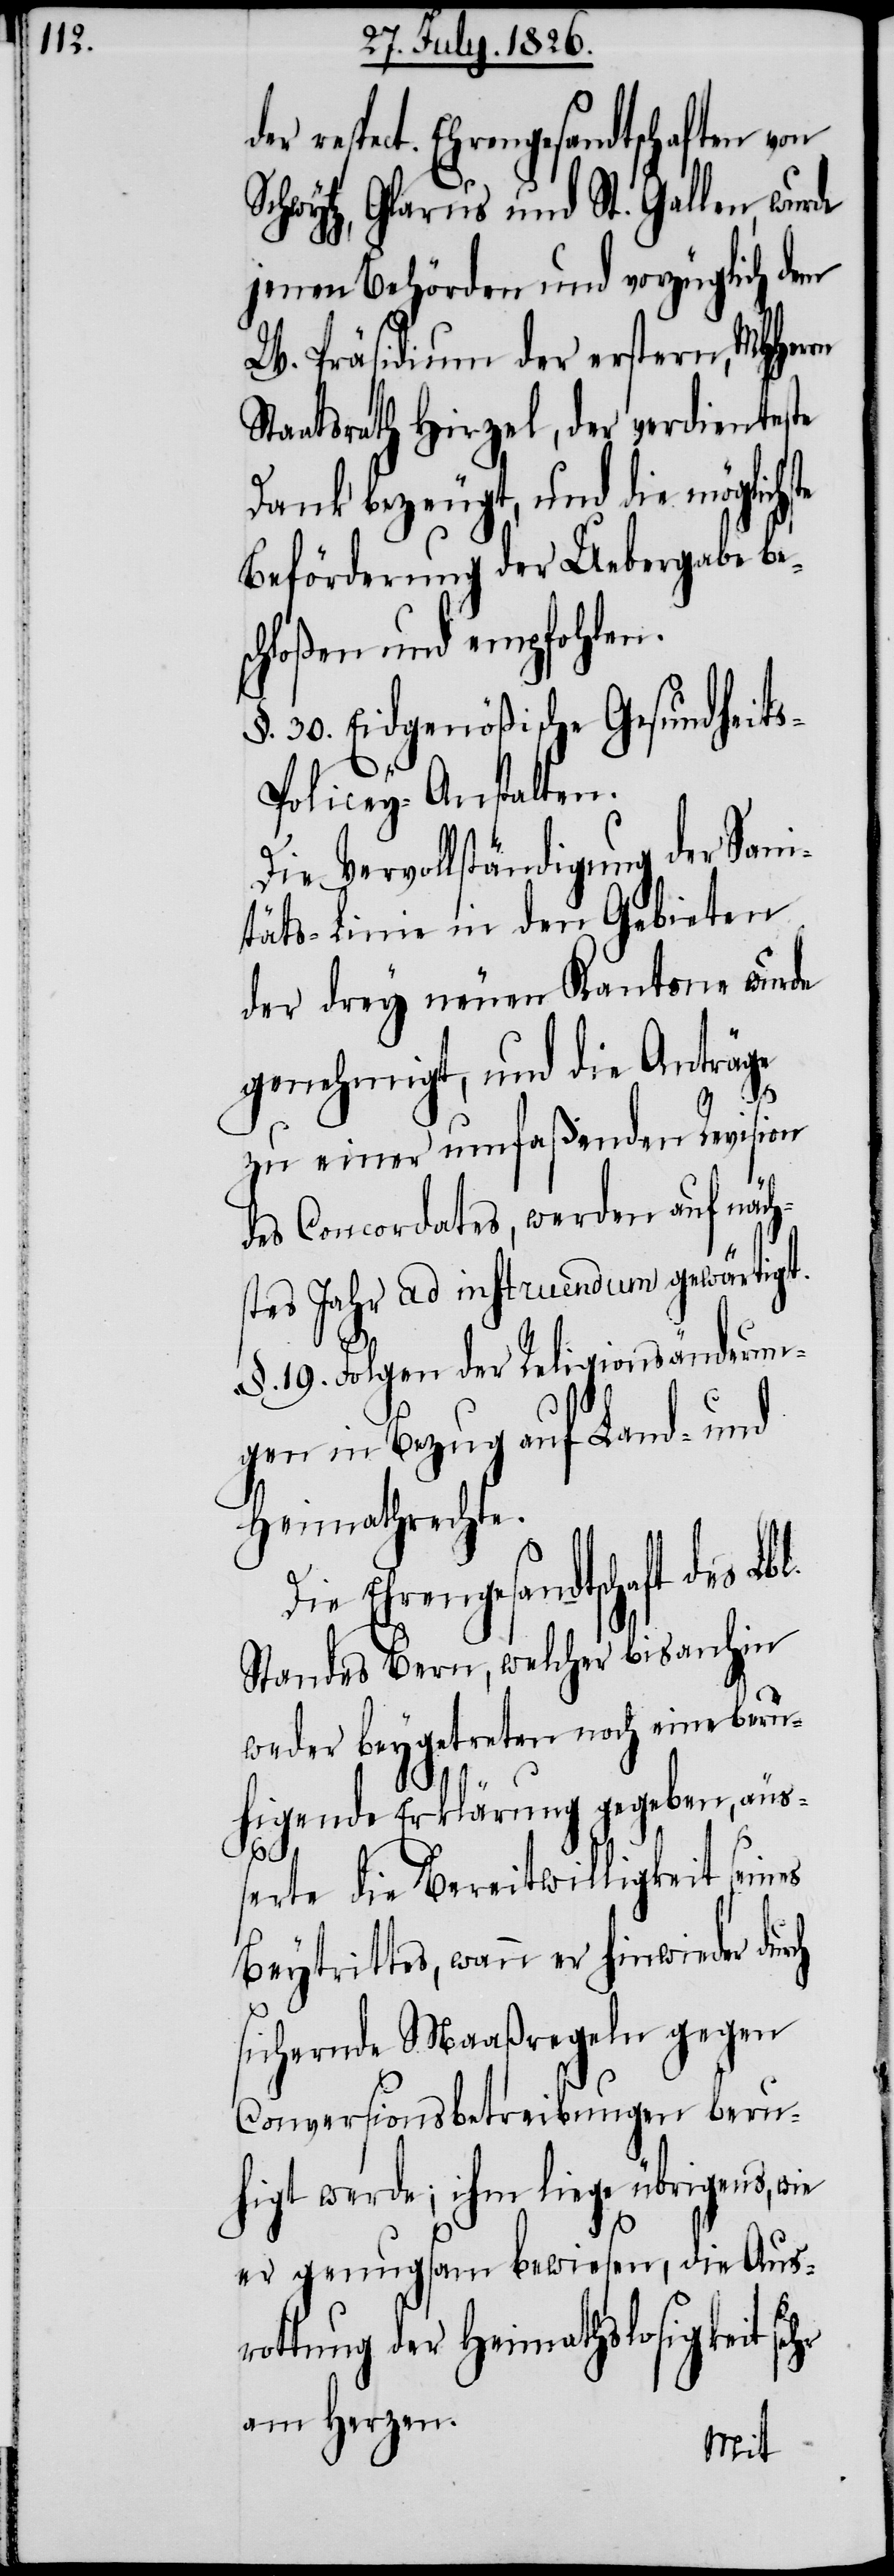
respect. Ehrengesandtschaft von
Schwytz, Glarus und St. Gallen, wurde
jenen Behörden und vorzüglich dem
W. Präsidium der erstern, MHHer¬
Staatsrath Hirzel, der verdienteste
Dank bezeugt, und die möglich¬
Beförderung der Uebergabe be¬
schloßen und empfohlen.
§. 30. Eidgenößische Gesundheit¬
s-Policey-Anstalten.
Die Vervollständigung der Sani¬
täts-Linie in den Gebieten
der drey neuen Kantone wurde
genehmigt, und die Anträge
zu einer umfaßenden Revision
des Concordates, werden auf näch¬
stes Jahr ad instruendum gewärtigt.
§. 19. Folgen der Religionsänderun¬
gen in Bezug auf Land- und
Heimathrechte.
ste
Die Ehrengesandtschaft des Lbl.
Standes Bern, welcher bisanhin
weder beygetreten noch eine beru¬
higende Erklärung gegeben, äu¬
rn
ßerte die Bereitwilligkeit seines
Beytrittes, wann er hinwieder durch
sichernde Maaßregeln gegen
Conversionsbetreibungen beru¬
higt werde; ihm liege übrigens, wie
er genugsam bewiesen, die Aus¬
rottung der Heimathslosigkeit sehr
am Herzen.